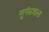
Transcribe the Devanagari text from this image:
सुगंधशाला